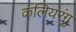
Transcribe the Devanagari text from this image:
कलियरंगु